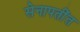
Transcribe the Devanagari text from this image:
सेनापतींत